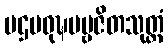
ပဌမဝုဍ္ဎပဗ္ဗဇိတသုတ္တံ